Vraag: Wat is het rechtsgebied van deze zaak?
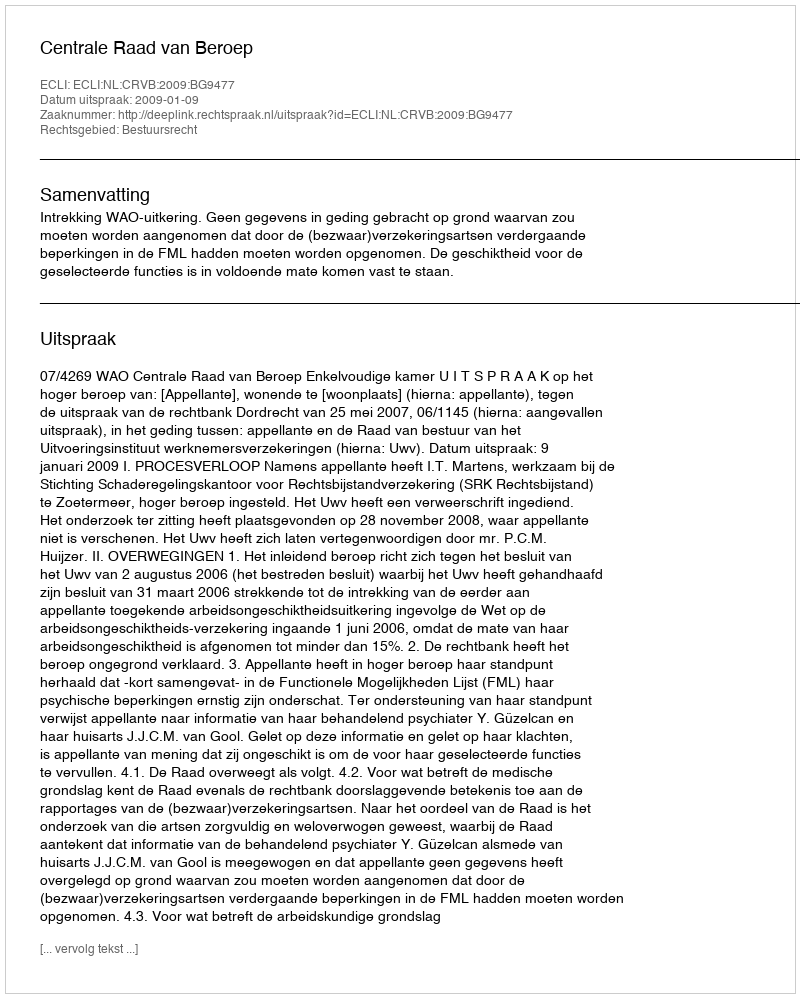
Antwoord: Bestuursrecht